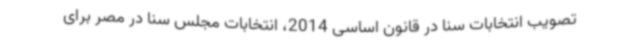
تصویب انتخابات سنا در قانون اساسی 2014، انتخابات مجلس سنا در مصر برای